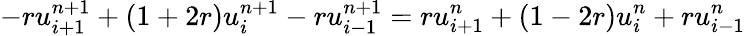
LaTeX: -ru_{i+1}^{n+1}+(1+2r)u_{i}^{n+1}-ru_{i-1}^{n+1}=ru_{i+1}^{n}+(1-2r)u_{i}^{n}+ru_{i-1}^{n}